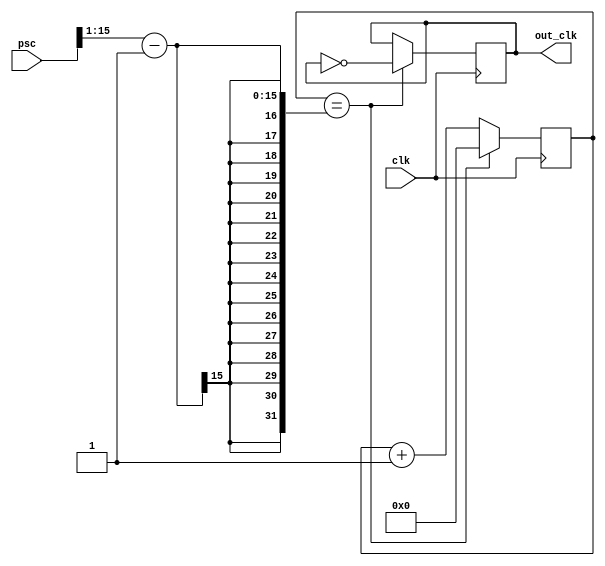
module prescaler( 
    input wire clk,
	input wire[15:0] psc,
		
	output reg out_clk
);	

reg[7:0] counter;

initial begin
	out_clk = 0;
	counter = 0;
end

always @(posedge clk) begin
//	if(clk) begin
		if(counter == (psc >> 1) - 1) begin
			out_clk <= ~out_clk;			
			counter <= 0;
		end
		else begin
			out_clk <= out_clk;	
			counter <= counter + 1;		
		end
//	end
end

endmodule